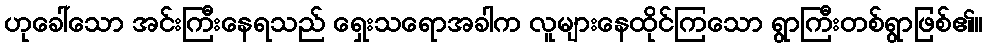
ဟုခေါ်သော အင်းကြီးနေရသည် ရှေးသရောအခါက လူများနေထိုင်ကြသော ရွာကြီးတစ်ရွာဖြစ်၏။